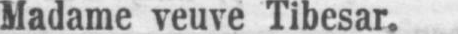
Madame veuve Tibesar.